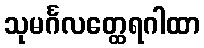
သုမင်္ဂလတ္ထေရဂါထာ